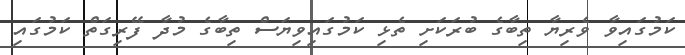
ކަމުގައިވާ ވެރިޔާ ތިބާގެ ބުރަކަށި ތެޅި ކަމުގައިވިޔަސް ތިބާގެ މުދާ ފޭރިގަތް ކަމުގައި